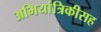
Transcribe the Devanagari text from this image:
अभियांत्रिकीसह